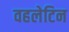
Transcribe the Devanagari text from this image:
वहलेटिन